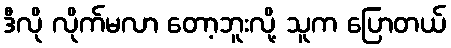
ဒီလို လိုက်မလာ တော့ဘူးလို့ သူက ပြောတယ်